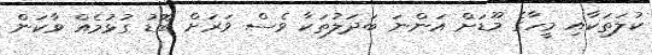
ކުލަތަކާއި މީހާގެ މޫޑަށް އަންނަ ބަދަލުތަކާ ވެސް ވަރަށް ބޮޑު ގުޅުމެއް ވާކަން